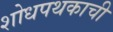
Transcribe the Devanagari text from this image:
शोधपथकाची